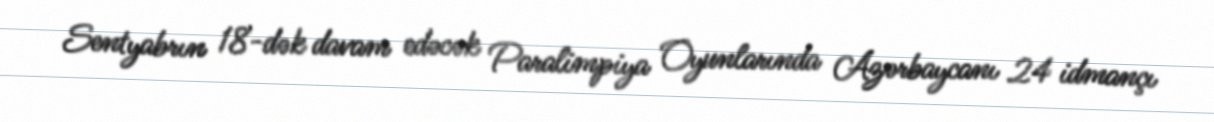
Sentyabrın 18-dək davam edəcək Paralimpiya Oyunlarında Azərbaycanı 24 idmançı